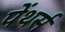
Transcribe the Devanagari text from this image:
पेंथर्स